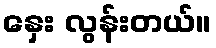
နှေး လွန်းတယ်။